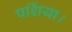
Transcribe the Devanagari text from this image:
पर्शिया।